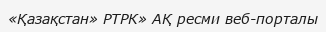
«Қазақстан» РТРК» АҚ ресми веб-порталы